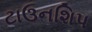
ટાઉનશિપ